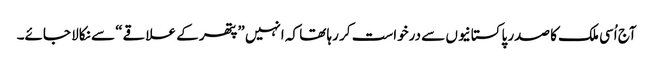
آج اُسی ملک کا صدر پاکستانیوں سے درخواست کر رہا تھا کہ انہیں ”پتھر کے علاقے“ سے نکالا جائے۔